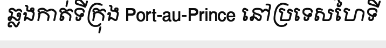
ឆ្លងកាត់ទីក្រុង Port-au-Prince នៅប្រទេសហៃទី